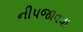
નીપજાવવા